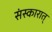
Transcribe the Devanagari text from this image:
संस्कारात्